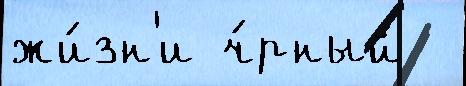
жи́зн'и ч́рный